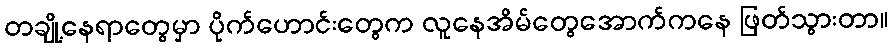
တချို့နေရာတွေမှာ ပိုက်ဟောင်းတွေက လူနေအိမ်တွေအောက်ကနေ ဖြတ်သွားတာ။